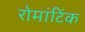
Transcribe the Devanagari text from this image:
रोमांटिंक